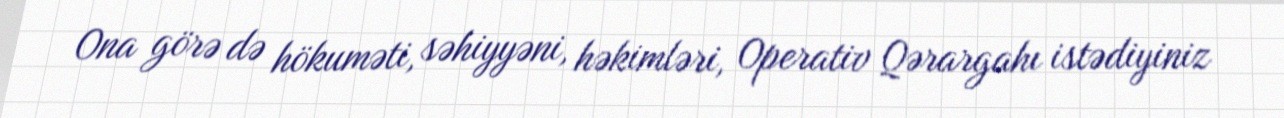
Ona görə də hökuməti, səhiyyəni, həkimləri, Operativ Qərargahı istədiyiniz